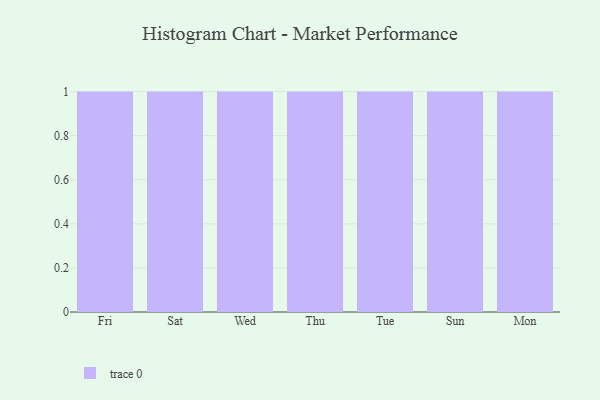
{"axis": {"x": "Day", "y": "Budget (USD K)"}, "legend": [""], "data": [{"x": "Fri", "y": 52, "type": ""}, {"x": "Sat", "y": 26, "type": ""}, {"x": "Wed", "y": 96, "type": ""}, {"x": "Thu", "y": 59, "type": ""}, {"x": "Tue", "y": 84, "type": ""}, {"x": "Sun", "y": 58, "type": ""}, {"x": "Mon", "y": 11, "type": ""}]}